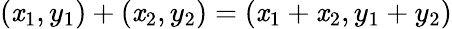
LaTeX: (\mathit{x}_{1},y_{1})+(\mathit{x}_{2},y_{2})=(\mathit{x}_{1}+\mathit{x}_{2},y_{1}+y_{2})